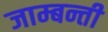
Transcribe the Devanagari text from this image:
जाम्बन्ती